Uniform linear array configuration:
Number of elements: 12
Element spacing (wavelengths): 0.75
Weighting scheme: hann
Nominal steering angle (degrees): -60
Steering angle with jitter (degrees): -60.287
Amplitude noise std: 0.05
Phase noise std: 0.05

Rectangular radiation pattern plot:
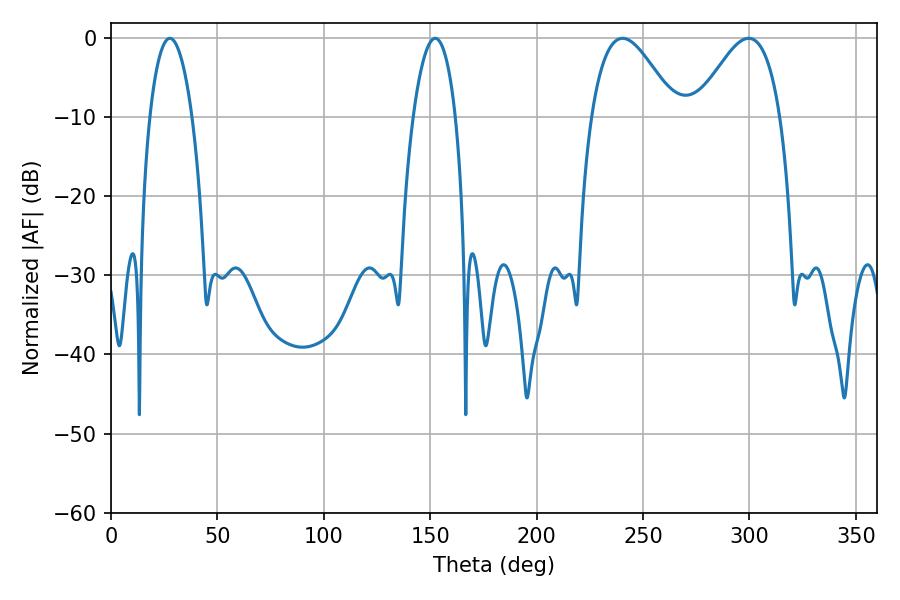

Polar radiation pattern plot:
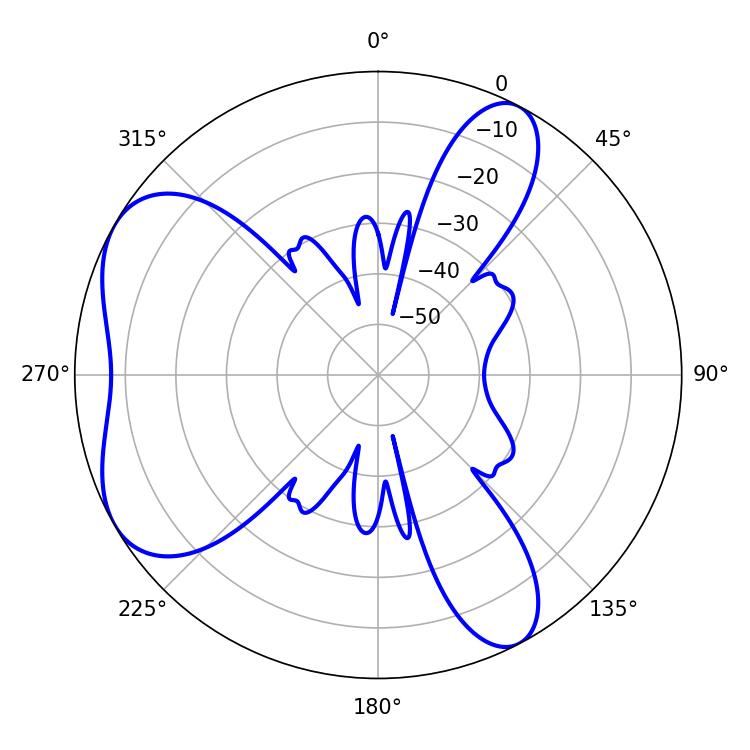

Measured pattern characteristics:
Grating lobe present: TRUE
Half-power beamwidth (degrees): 21.42
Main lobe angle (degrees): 240.3